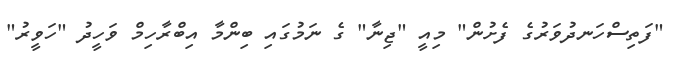
"ފަތިސްހަނދުވަރުގެ ފެށުން" މިއީ "ޖިނާ" ގެ ނަމުގައި ބިންމާ އިބްރާހިމް ވަހީދު "ހަވީރު"